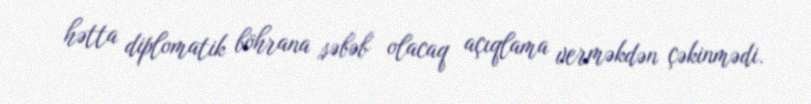
hətta diplomatik böhrana səbəb olacaq açıqlama verməkdən çəkinmədi.